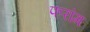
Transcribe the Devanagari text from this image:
फरांग